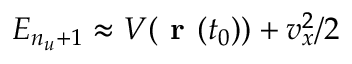
E _ { n _ { u } + 1 } \approx V ( \textbf { r } ( t _ { 0 } ) ) + v _ { x } ^ { 2 } / 2